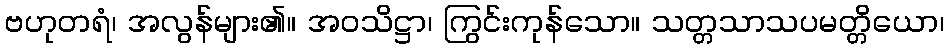
ဗဟုတရံ၊ အလွန်များ၏။ အဝသိဋ္ဌာ၊ ကြွင်းကုန်သော။ သတ္တသာသပမတ္တိယော၊